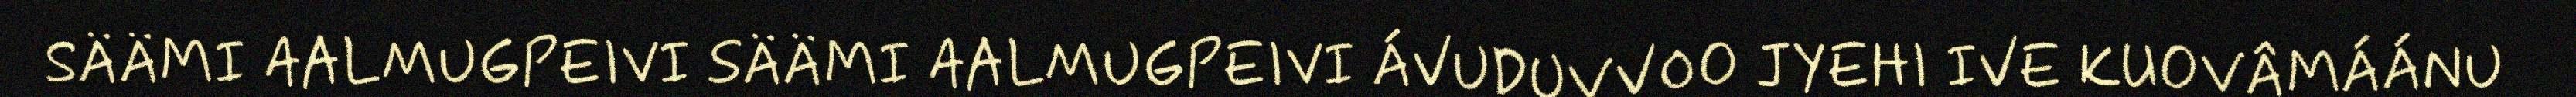
SÄÄMI AALMUGPEIVI SÄÄMI AALMUGPEIVI ÁVUDUVVOO JYEHI IVE KUOVÂMÁÁNU